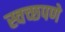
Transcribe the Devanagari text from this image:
स्वच्छपणे